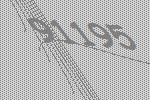
91195